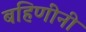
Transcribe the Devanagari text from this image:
बहिणींनी